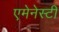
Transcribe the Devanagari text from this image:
एमेनेस्टी